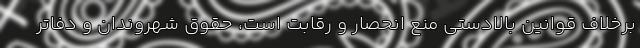
برخلاف قوانین بالادستی منع انحصار و رقابت است، حقوق شهروندان و دفاتر